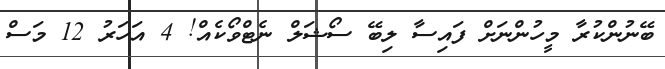
ބޭނުންކުރާ މީހުންނަށް ފައިސާ ލިބޭ ސޯޝަލް ނެޓްވޯކެއް! 4 އަހަރު 12 މަސް